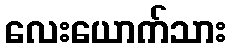
လေးယောက်သား